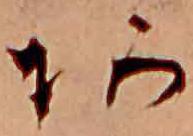
あ